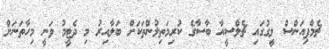
ޗެމްޕިއަންސް ލީގުގައި ޗެލްސީއާ ބާސާގެ ކުރިމަތިލުންތަކަށް ބަލާއިރު މި ދެޓީމު ވަނީ މިހާތަނަށް